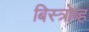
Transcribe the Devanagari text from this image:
बिस्त्रोव्ह